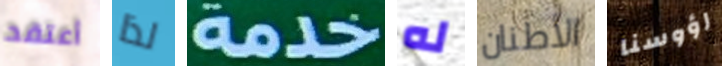
أعتقد لذا خدمة له الأطنان رؤوسنا